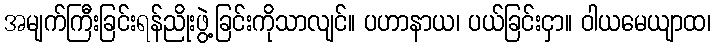
အမျက်ကြီးခြင်းရန်ညိုးဖွဲ့ခြင်းကိုသာလျင်။ ပဟာနာယ၊ ပယ်ခြင်းငှာ။ ဝါယမေယျာထ၊